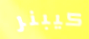
كيبنر